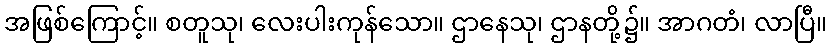
အဖြစ်ကြောင့်။ စတူသု၊ လေးပါးကုန်သော။ ဌာနေသု၊ ဌာနတို့၌။ အာဂတံ၊ လာပြီ။